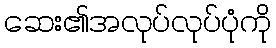
ဆေး၏အလုပ်လုပ်ပုံကို